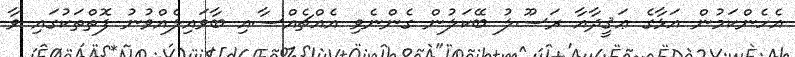
އެހެންކަމުން އަޅާގެ ޢަޤީދާއާ ރަސޫލު ބޭކަލުން ގެންނެވި އެއްޗެއްސާއި ބާވައިލެއްވުނު ފޮތްތަކުގައި ވާ